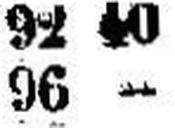
96 —